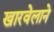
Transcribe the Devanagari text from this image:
खारवेलाने